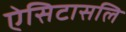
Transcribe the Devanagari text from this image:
ऐसिटासलि